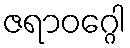
ဇရာဝဂ္ဂေါ